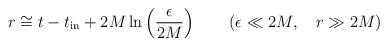
LaTeX: \begin{align*}r \cong t - t_{\rm in} + 2M \ln \left( {\epsilon\over 2M}\right) \qquad (\epsilon\ll 2M,\quad r\gg 2M)\end{align*}